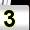
Digit: 3